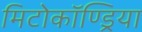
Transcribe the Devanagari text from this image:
मिटोकॉण्ड्रिया